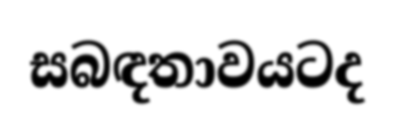
සබඳතාවයටද